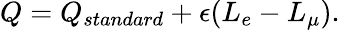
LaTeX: Q=Q_{standard}+\epsilon(L_{e}-L_{\mu}).